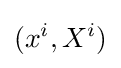
(x^{i},X^{i})